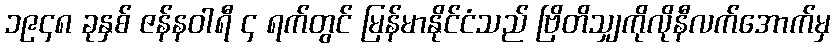
၁၉၄၈ ခုနှစ် ဇန်နဝါရီ ၄ ရက်တွင် မြန်မာနိုင်ငံသည် ဗြိတိသျှကိုလိုနီလက်အောက်မှ